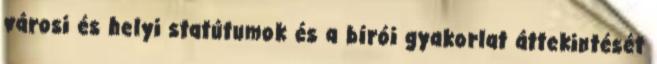
városi és helyi statútumok és a bírói gyakorlat áttekintését